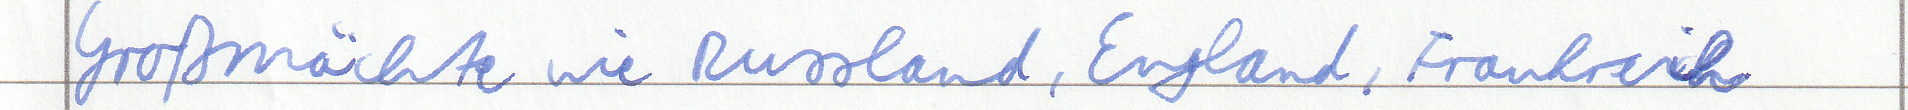
Großmächte wie Russland, England, Frankreich